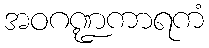
အဝဂဏ္ဍကာရကံ